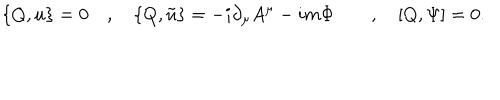
LaTeX: \{ Q , u \} = 0 \quad , \quad \{ Q , \tilde { u } \} = - i \partial _ { \mu } A ^ { \mu } - i m \Phi \quad \quad , \quad [ Q , \Psi ] = 0 .